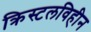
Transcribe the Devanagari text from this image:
क्रिस्टलविहीन